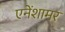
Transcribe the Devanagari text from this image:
एनेंशामर